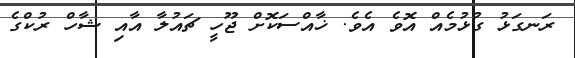
ރަނގަޅު ގުޅުމެއް އޮވެ އެވެ. ޚާއްސަކޮށް ޖޫހީ ޗައުލާ އާއި ޝާހް ރުކްގެ